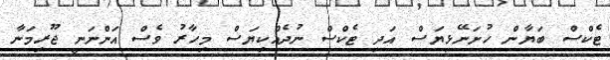
ޓެކްސް ބަޔާން ހުށަނޭޅިޔަސް އަދި ޓެކްސް ނުދެއްކިޔަސް މިހާރު ވެސް އަންނަނީ ޖޫރިމަނާ